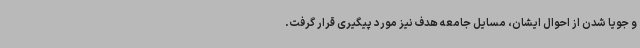
و جویا شدن از احوال ایشان، مسایل جامعه هدف نیز مورد پیگیری قرار گرفت.